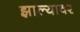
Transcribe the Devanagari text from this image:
झाल्‍यावर